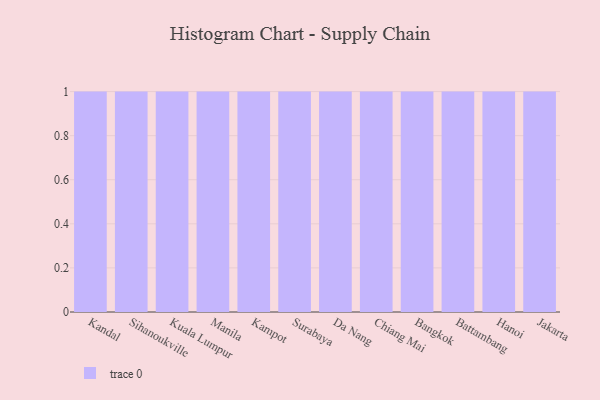
{"axis": {"x": "City", "y": "Gross Profit (USD K)"}, "legend": [""], "data": [{"x": "Kandal", "y": 69, "type": ""}, {"x": "Sihanoukville", "y": 60, "type": ""}, {"x": "Kuala Lumpur", "y": 30, "type": ""}, {"x": "Manila", "y": 81, "type": ""}, {"x": "Kampot", "y": 52, "type": ""}, {"x": "Surabaya", "y": 89, "type": ""}, {"x": "Da Nang", "y": 23, "type": ""}, {"x": "Chiang Mai", "y": 13, "type": ""}, {"x": "Bangkok", "y": 73, "type": ""}, {"x": "Battambang", "y": 33, "type": ""}, {"x": "Hanoi", "y": 11, "type": ""}, {"x": "Jakarta", "y": 8, "type": ""}]}